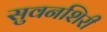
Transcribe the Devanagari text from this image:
सुवनशिरी